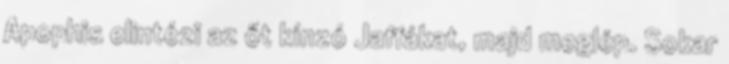
Apophis elintézi az őt kínzó Jaffákat, majd meglép. Sokar